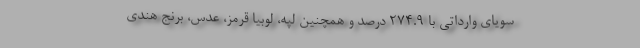
سویای وارداتی با ۲۷۴.۹ درصد و همچنین لپه، لوبیا قرمز، عدس، برنج هندی